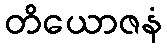
တိယောဇနံ